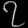
Digit: ၇